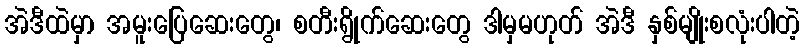
အဲဒီထဲမှာ အမူးပြေဆေးတွေ၊ စတီးရွိုက်ဆေးတွေ ဒါမှမဟုတ် အဲဒီ နှစ်မျိုးစလုံးပါတဲ့